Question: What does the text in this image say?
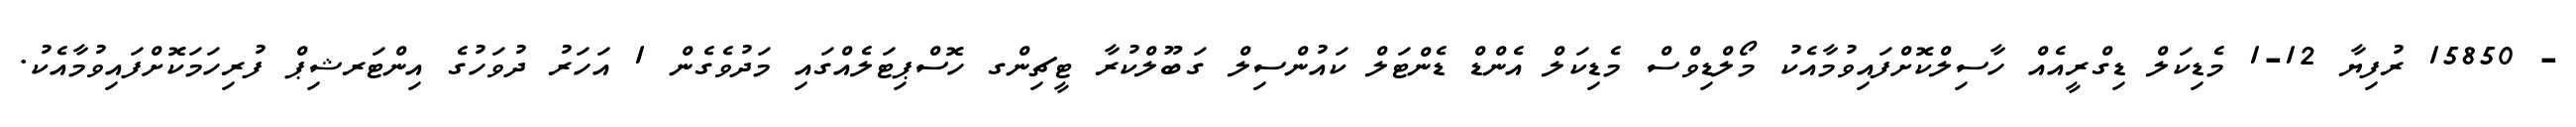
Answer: - 15850 ރުފިޔާ 12-1 މެޑިކަލް ޑިގްރީއެއް ހާސިލްކޮށްފައިވުމާއެކު މޯލްޑިވްސް މެޑިކަލް އެންޑް ޑެންޓަލް ކައުންސިލް ގަބޫލްކުރާ ޓީޗިންގ ހޮސްޕިޓަލެއްގައި މަދުވެގެން 1 އަހަރު ދުވަހުގެ އިންޓަރޝިޕް ފުރިހަމަކޮށްފައިވުމާއެކު.